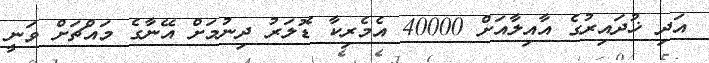
އަދި ޚުދައިރުގެ އާއިލާއަށް 40000 އެމެރިކާ ޑޮލަރު ދިނުމަށް އޭނާގެ މައްޗަށް ވަނީ